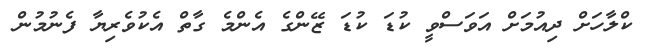
ކްލާހަށް ދިއުމަށް އަވަސްވީ ކުޑަ ކުޑަ ޒޭންގެ އެންމެ ގާތް އެކުވެރިޔާ ފެނުމުން